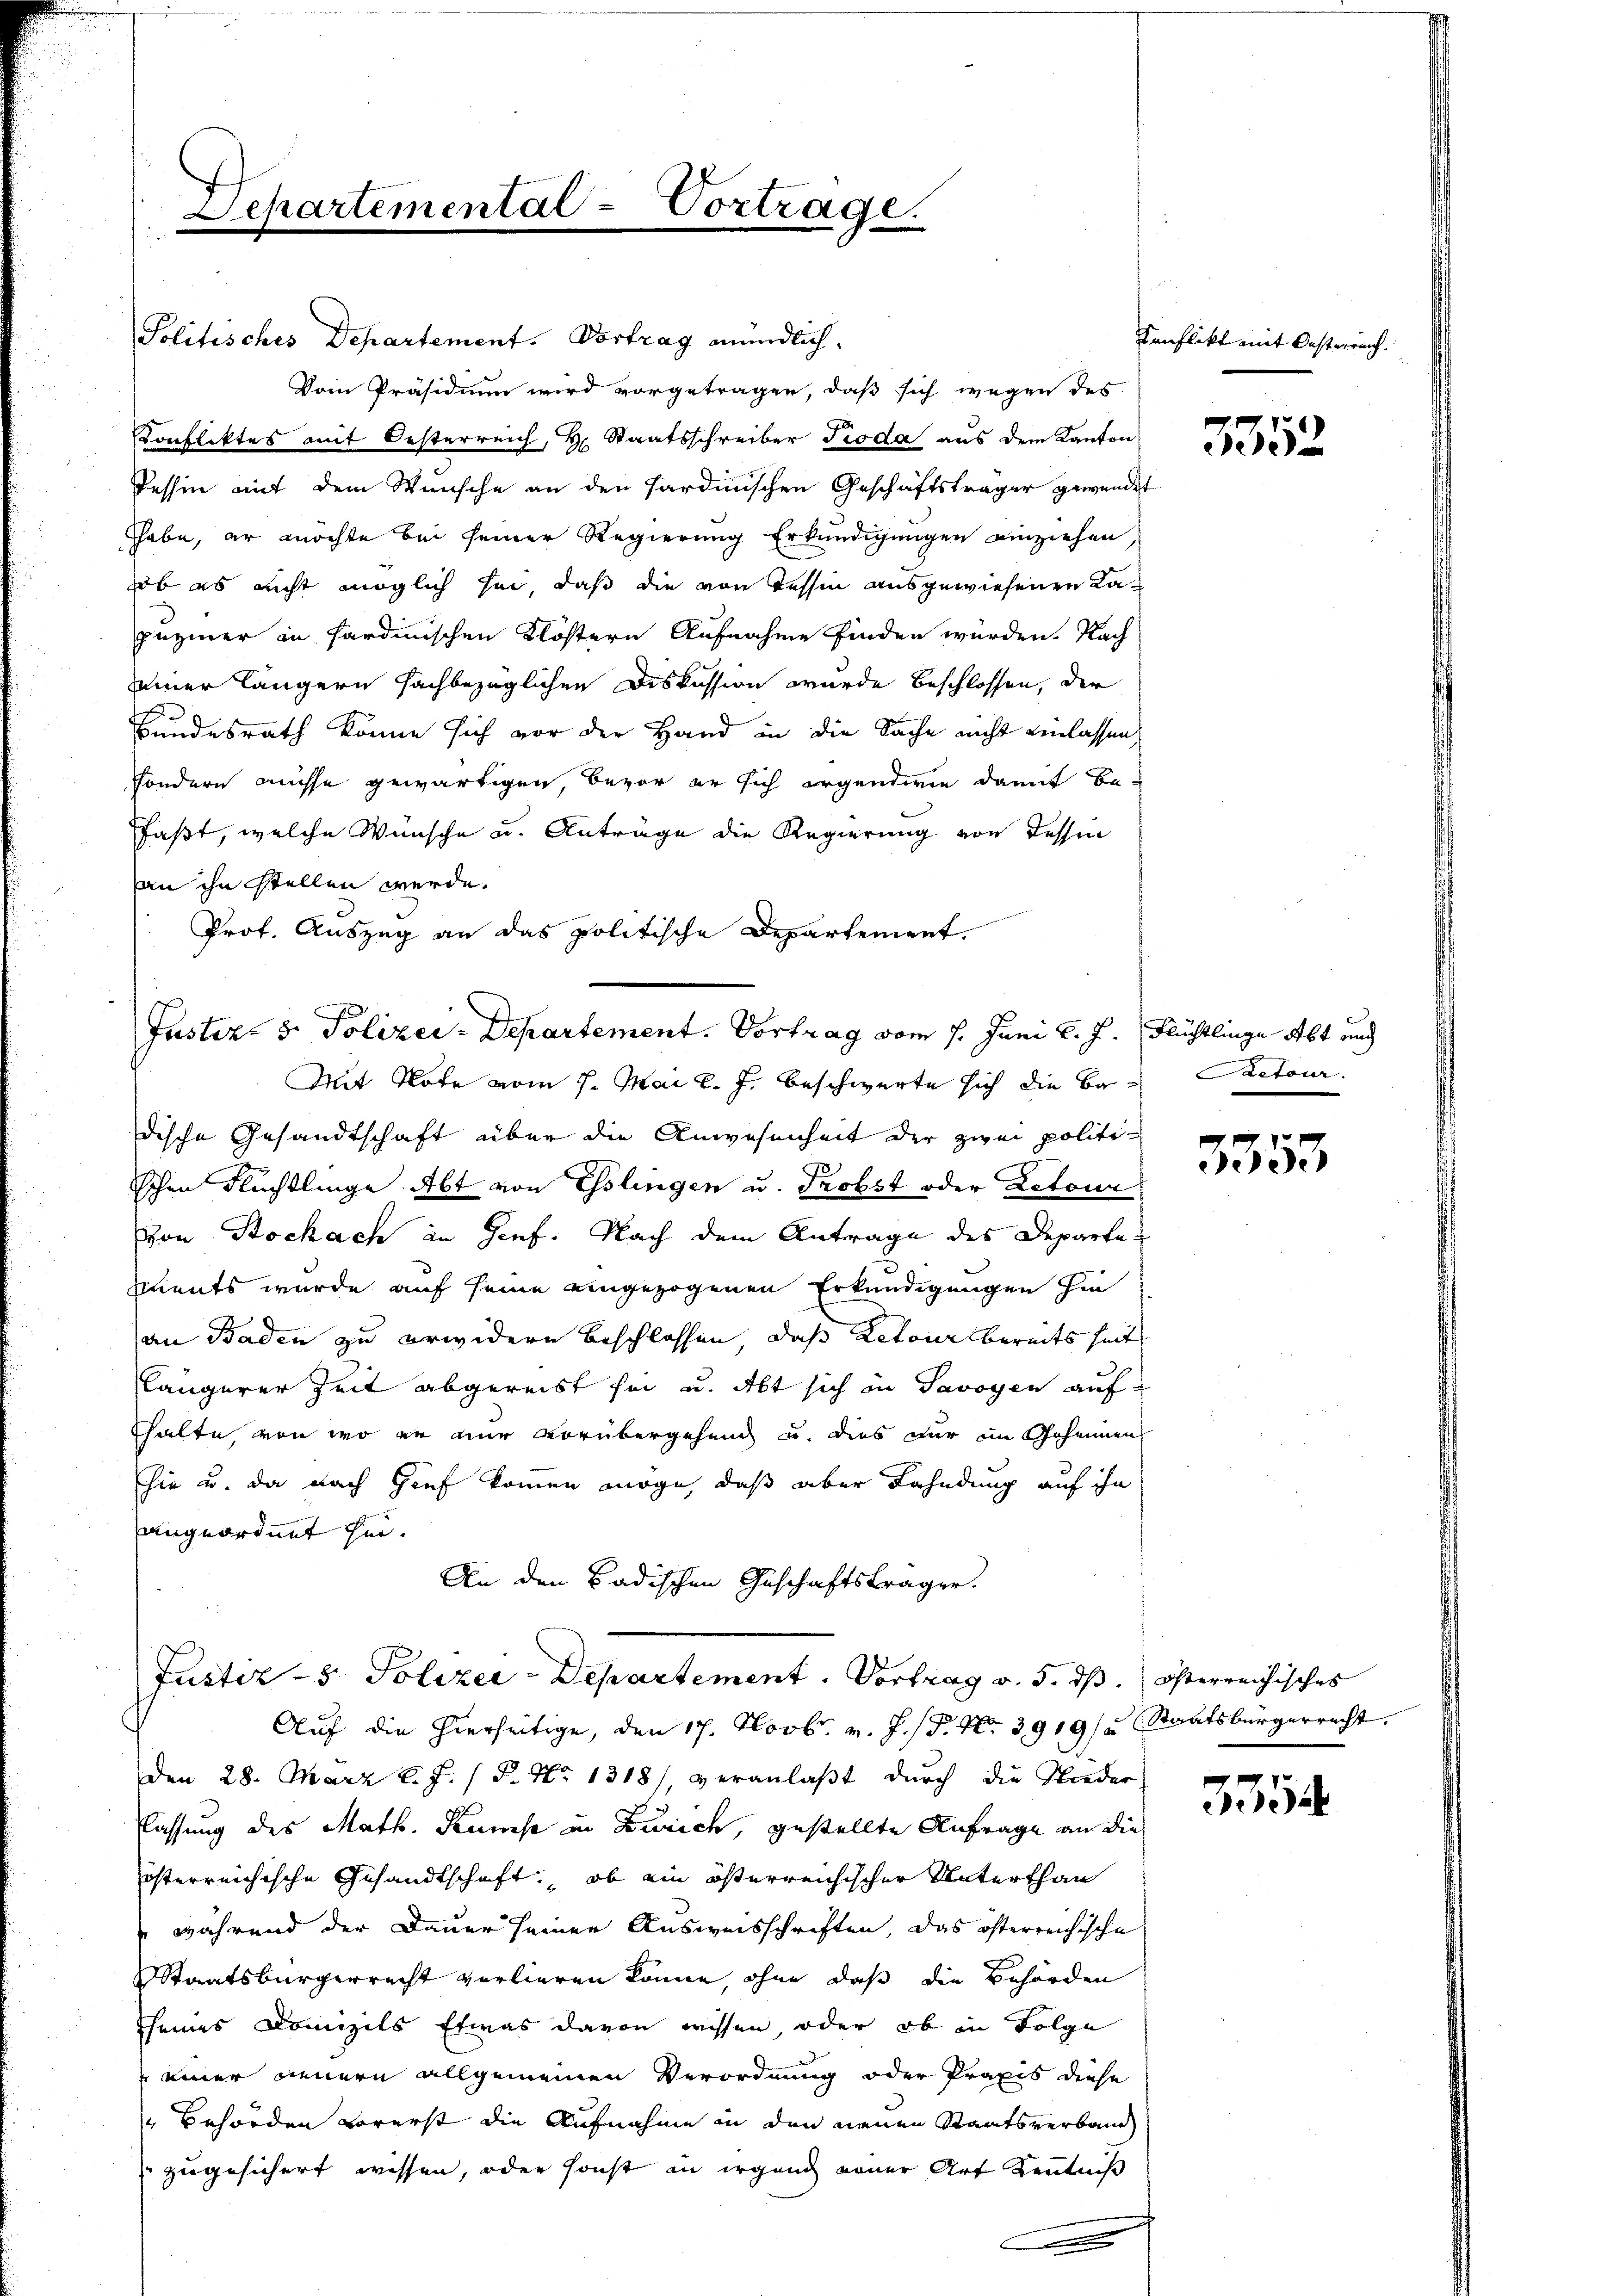
Separtemental-Vortrage.

Politisches Departement. Vortrag mündlich.
Vom Präsidium wird vorgetragen, daß sich wegen des
Konfliktes mit Oesterreich, Hr. Staatsschreiber Pioda aus dem Kanton
Tessin mit dem Wünsche an den Hardinischen Geschäftsträger gewendet
hhabe, er möchte bei seiner Regierung Erkundigungen einziehen,
ob es nicht möglich sei, daß die von Tessin ausgewiesenen Lapuziner in sardinischen Klöstern Aufnahme finden wurden. Nach
seiner längern sachbezüglichen Diskussion wurde beschlossen, der
Bundesrath könne sich vor der Hand in die Sache nicht einlassen
sondern müsse gewärtigen, bevor er sich irgendwie damit befaßt, welche Wünsche u. Anträge die Regierung von dessen
an ihn stellen werde.
Prof. Auszug an das politische Departement.
Mit Note vom 7. Mai l. J. beschwerte sich die Be- Retour.
dische Gesandtschaft über die Anwesenheit der zwei politischon Flüchtlinge Abt von Esslingen u. Probst oder Retour
von Stockach in Gief. Nach dem Antrage des Departe
iments wurde auf seine eingezogenen Erkundigungen hin
an Baden zu erwidern beschlossen, daß Retour bereits seit
längerer Zeit abgereist sei u. Abt sich in Savoyen aufhalte, von wo er mir vorübergehen u. dies nur im Geheimen
sie u. da nach Gief kommen möge, daß aber Fahndung auf ihn
angeordnet hin.
An den Badischen Geschäftsträger.
Justiz- & Polizei-Departement. Vortrag v. 5. dß. österreichisches
Auf die hierseitige, den 17. Novbr. v. J. P. Nr. 3919/a Staatsbürgerrecht.
Den 28. März l. J. / 5. No 1318), veranlaßt durch die Nieder
flassung des Math. Kunst in Zürich, gestellte Anfrage an dieösterreichische Gesandtschaft, ob ein österreichischer Unterthan
 während der Dauer seiner Ausweisschriften, das österreichische
Staatsbürgerrecht verlieren könne, ohne daß die Behörden
seines Domizils Etwas davon wissen, oder ob in Folge
 einer neuern allgemeinen Verordnung oder Praxis diese
 Behörden vorerst die Aufnahme in den neuen Staatsverband
zugesichert wissen, oder sonst in irgend einer Art Kenntniß

Justiz- & Polizei- Departement. Vortrag vom 1. Juni l. J. Flüchtlinge Abt und

Konflikt mit Oesterreich.

3352

3353

3354